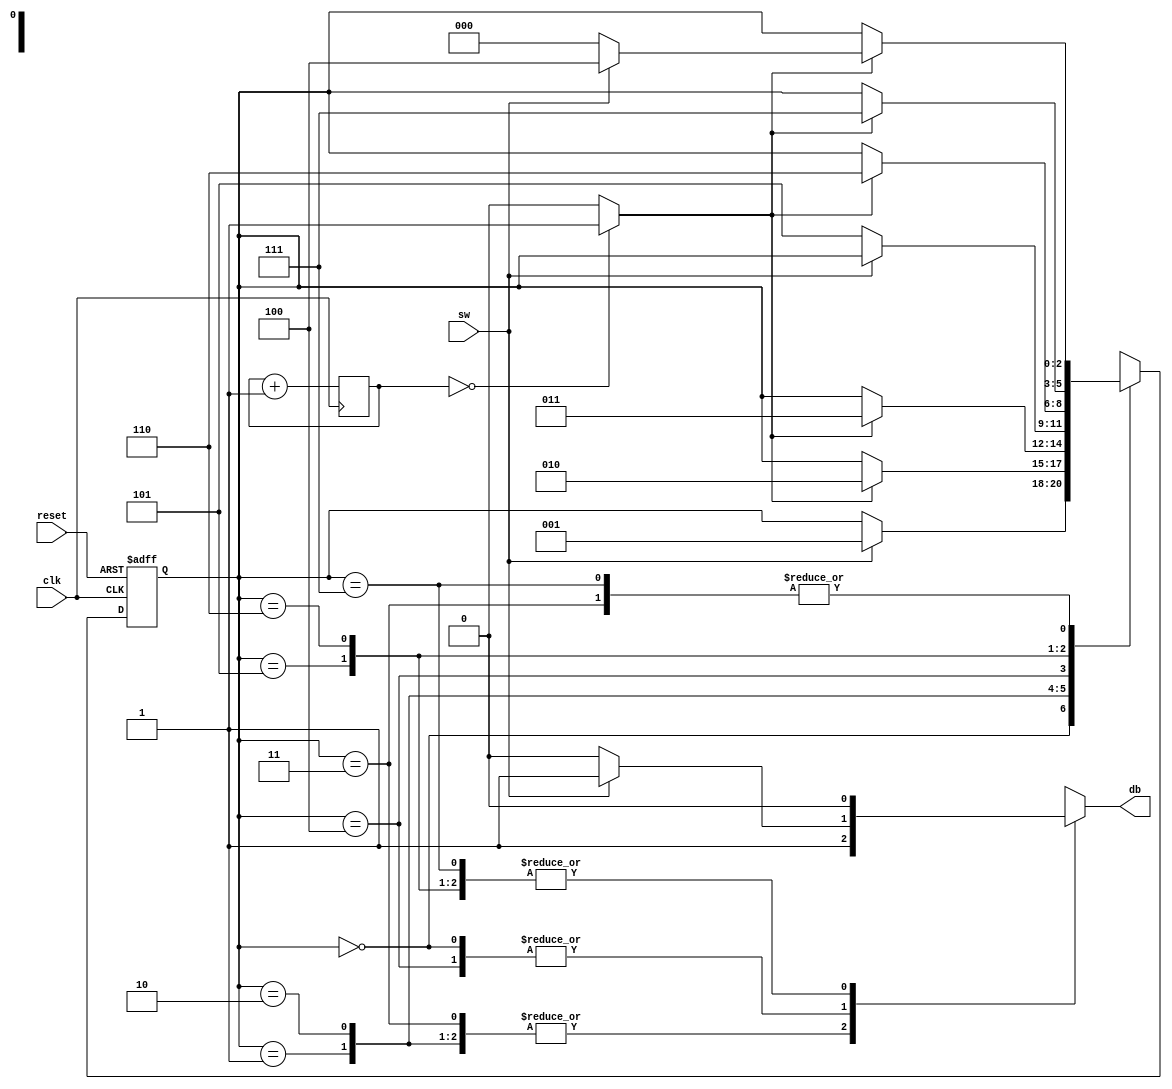
// FSM implementation of an alternative debouncing circuit

module alt_db_fsm
    (
     input  wire clk, reset,
     input  wire sw,
     output reg  db
    );

    // symbolic state declaration
    localparam[2:0]
        zero    = 3'b000,
        wait1_1 = 3'b001,
        wait1_2 = 3'b010,
        wait1_3 = 3'b011,
        one     = 3'b100,
        wait0_1 = 3'b101,
        wait0_2 = 3'b110,
        wait0_3 = 3'b111;

    // number of counter bits (2^N * 10 ns = 10 ms tick
    localparam N = 20;

    // signal declaration
    reg[N-1:0]  q_reg  = 0;
    wire[N-1:0] q_next;
    wire        m_tick;
    reg[2:0]    state_reg, state_next;

    // body

    //=================================
    // counter to generate 10 ms tick
    //=================================
    always @(posedge clk)
        q_reg <= q_next;
    // next state logic
    assign q_next = q_reg + 1;
    // output logic
    assign m_tick = (q_reg == 0) ? 1'b1 : 1'b0;

    //=================================
    // counter to generate 10 ms tick
    //=================================
    // state register
    always @(posedge clk, posedge reset)
        if (reset)
            state_reg <= zero;
        else
            state_reg <= state_next;
    
    // next-state logic and output logic
    always @*
    begin
        state_next = state_reg;  // default state: the same
        db = 1'b0;               // default output: 0
        case (state_reg)
            zero:
                if (sw)
                    begin
                        db = 1'b1;  // output is set with first rising edge
                        state_next = wait1_1;
                    end
            wait1_1:
                begin
                    db = 1'b1;
                    if (m_tick) state_next = wait1_2;
                end
            wait1_2:
                begin
                    db = 1'b1;
                    if (m_tick) state_next = wait1_3;
                end
            wait1_3:
                begin
                    db = 1'b1;
                    // confirm press or go back to state zero
                    if (m_tick)
                        if (sw) state_next = one;
                        else    state_next = zero;
                end
            one:
                begin
                    db = 1'b1;
                    if (~sw)
                        begin
                            db = 1'b0;
                            state_next = wait0_1;
                        end
                end
            wait0_1:
                if (m_tick) state_next = wait0_2;
            wait0_2:
                if (m_tick) state_next = wait0_3;
            wait0_3:
                // confirm depress or go back to state one
                if (m_tick)
                    if (~sw) state_next = zero;
                    else     state_next = one;
       endcase
    end

endmodule